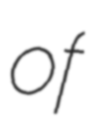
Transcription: of